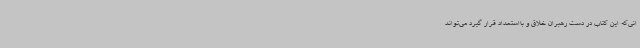
انی‌که این کتاب در دست رهبران خلاق و بااستعداد قرار گیرد می‌تواند